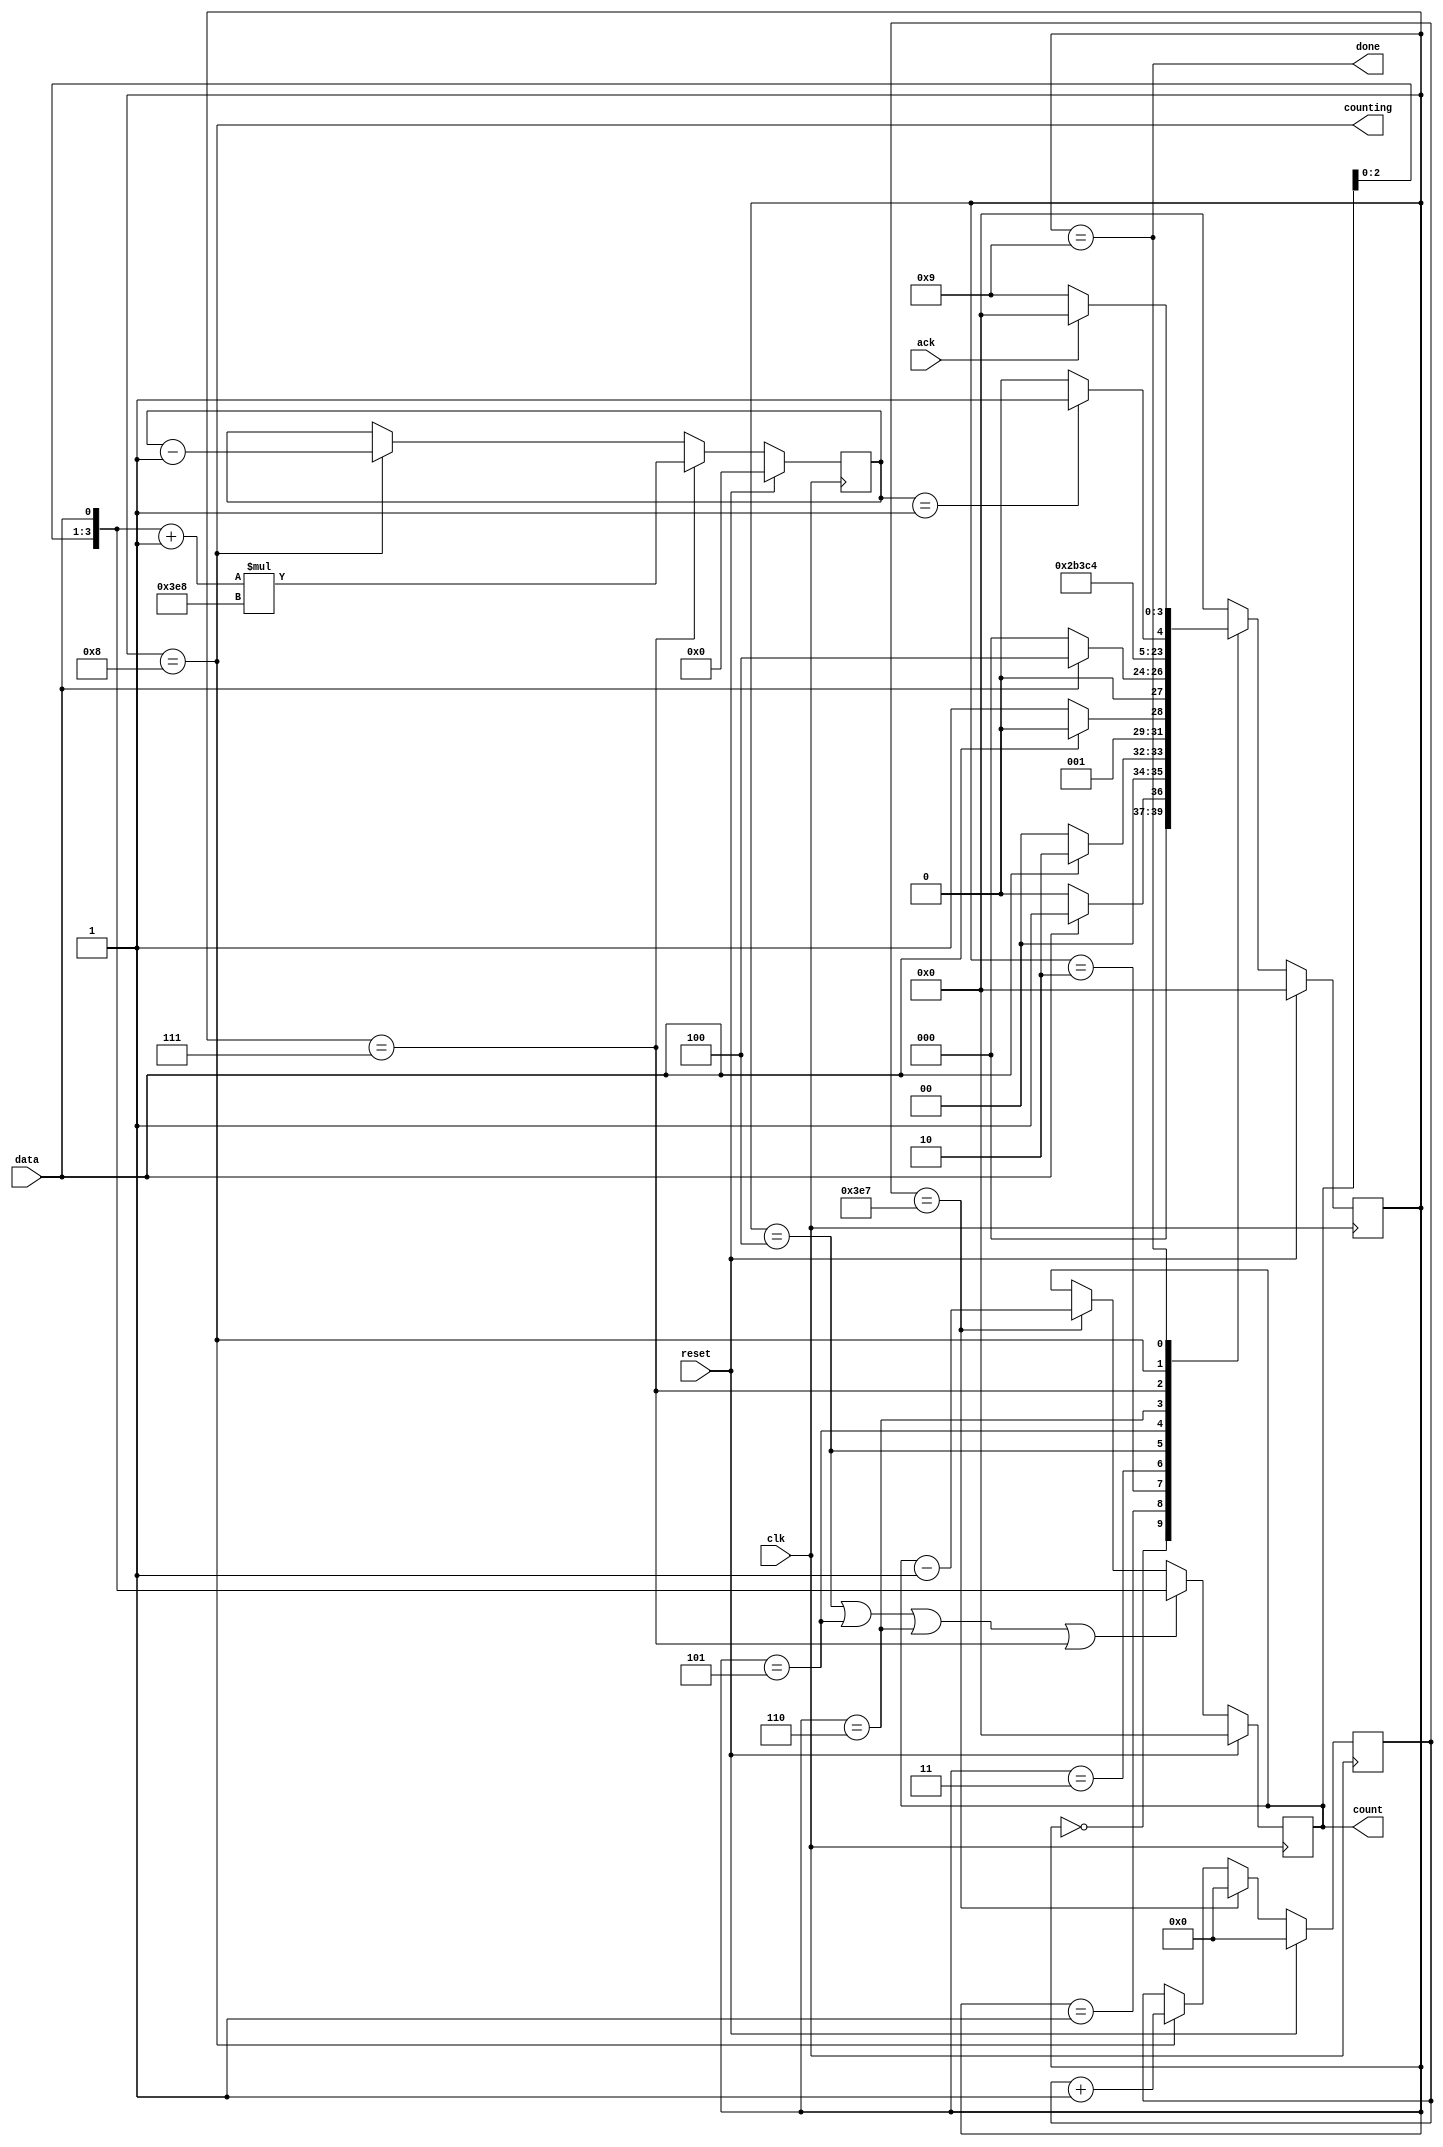
//https://hdlbits.01xz.net/wiki/Exams/review2015_fancytimer

module top_module (
    input clk,
    input reset,      // Synchronous reset
    input data,
    output [3:0] count,
    output counting,
    output done,
    input ack );


    parameter INIT = 4'd0,A = 4'd1,B=4'd2,C=4'd3,D=4'd4,E=4'd5,F=4'd6,G=4'd7,H=4'd8,I=4'd9;

    reg[3:0] state;
    reg[3:0] next_state;

    reg[14:0] counter;

    reg[3:0] shifter;
    wire shift_ena;
    wire done_counting;
    reg [9:0] counter1k;

    wire decay;



    always @(*) begin
        case (state)
            INIT:next_state = data? A:INIT; 
            A:  next_state = data? B:INIT;
            B:  next_state = data? B:C;
            C:  next_state = data? D:INIT;
            D:  next_state = E;
            E:  next_state = F;
            F:  next_state = G;
            G:  next_state = H;
            H:  next_state = done_counting? I:H;
            I:  next_state = ack? INIT:I;
            default: next_state = INIT;
        endcase
    end

    always @(posedge clk ) begin
        if(reset)
            state <= INIT;
        else
            state <= next_state;
    end

    assign shift_ena=(state==D||state==E||state==F||state==G);
    assign counting = (state==H);
    assign done = (state==I);


    always @(posedge clk) begin
        if(reset)
            counter1k <= 10'd0;
        else if(counter1k==10'd999)
            counter1k <= 10'd0;
        else if(counting)
            counter1k <= counter1k + 1'b1;
    end

    assign decay = (counter1k == 10'd999);
    
    always @(posedge clk ) begin
        if(reset)
            shifter <= 4'd0;
        else if(shift_ena)
            shifter <= {shifter[2:0],data};
        else if(decay)
            shifter <= shifter - 1'b1;
    end
	
 

    assign count = shifter;
    
    always @(posedge clk ) begin
        if(reset)
            counter <= 15'd0;
        else if(state==G)
            counter <= ({shifter[2:0],data} + 1'b1) * 10'd1000;
        else if(counting)
            counter <= counter - 1'b1;
    end

    assign done_counting = (counter == 15'd1);
endmodule